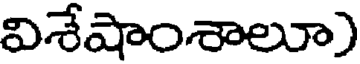
విశేషాంశాలూ)